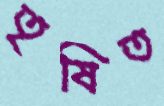
তৃষিত